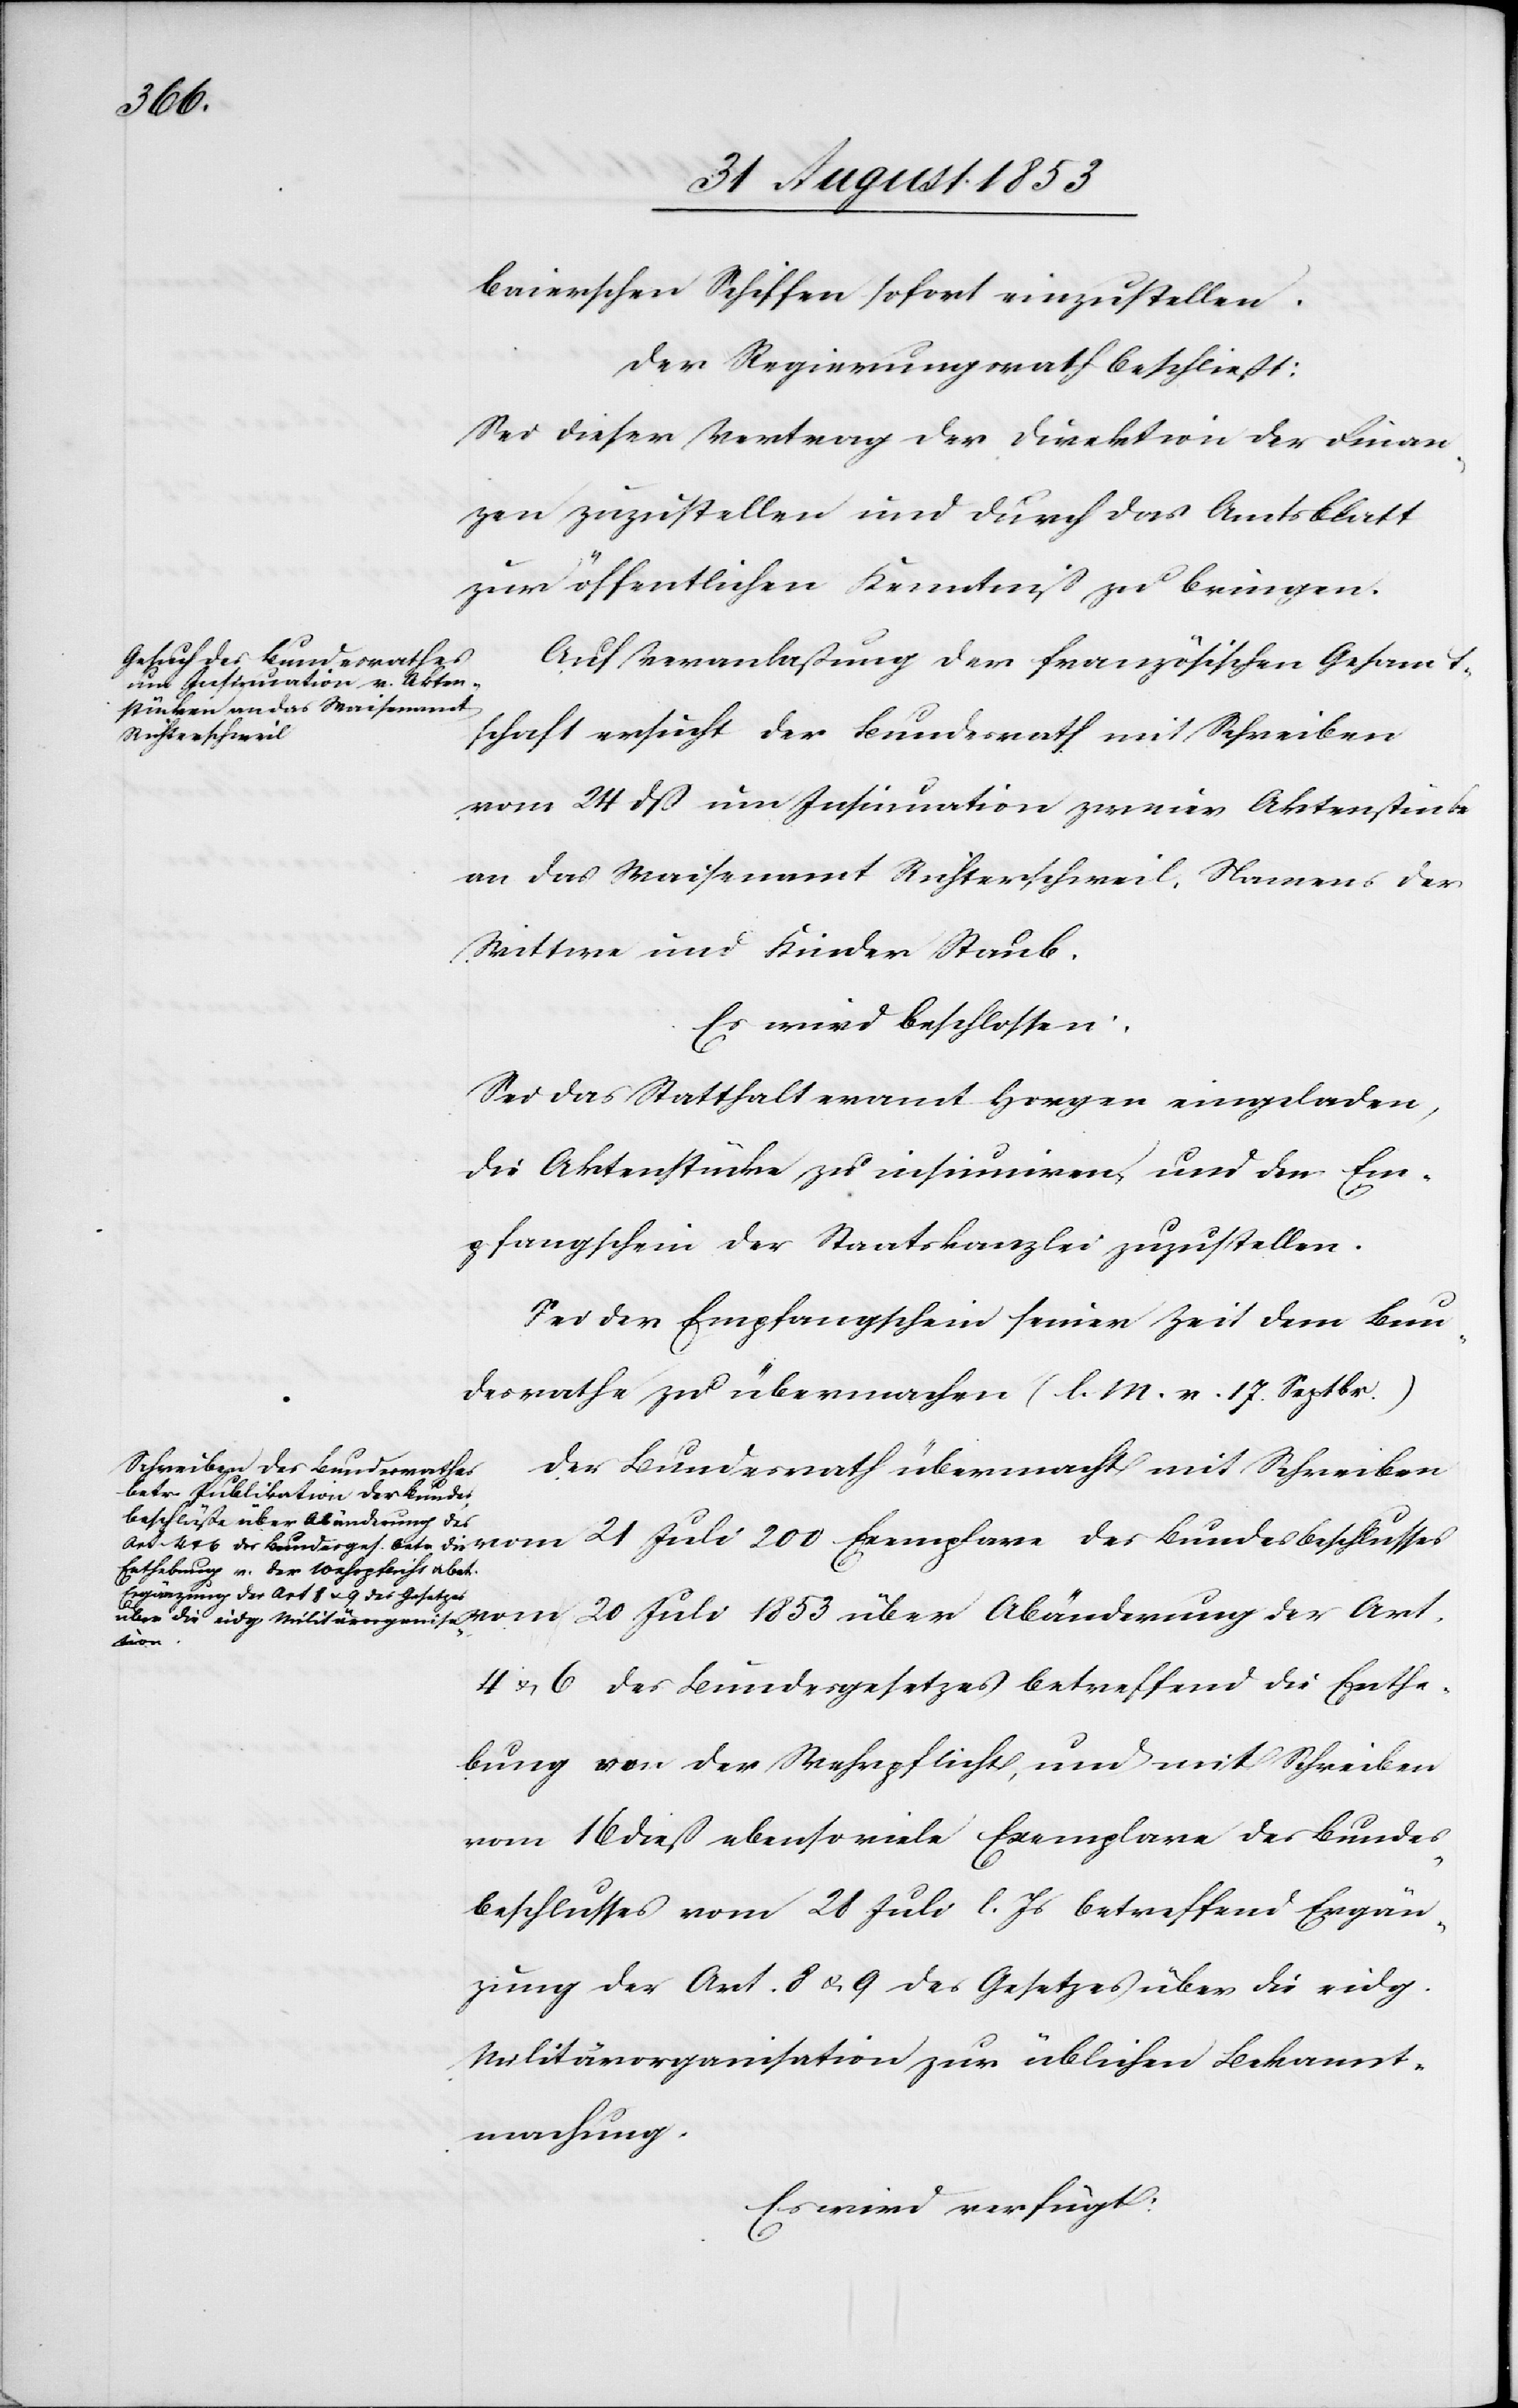
200
baierschen Schiffen sofort einzustellen.
Der Regierungsrath beschließt:
Sei dieser Vertrag der Direktion der Finan¬
zen zuzustellen und durch das Amtsblatt
zur öffentlichen Kenntniß zu bringen.
Auf Veranlaßung der französischen Gesandt¬
schaft ersucht der Bundesrath mit Schreiben
vom 24 dß um Insinuation zweier Aktenstücke
an das Waisenamt Richterschweil, Namens der
Wittwe und Kinder Staub.
Es wird beschlossen:
Sei das Statthalteramt Horgen eingeladen,
die Aktenstücke zu insinuiren, und den Em¬
pfangschein der Staatskanzlei zuzustellen.
Sei der Empfangschein seiner Zeit dem Bun¬
desrathe zu übermachen. [l. M. v. 17 Septbr.]
Der Bundesrath übermacht mit Schreiben
Exemplare des Bundesbeschlusses vom 20 Juli 1853 über Abänderung der Art.
4 u. 6 des Bundesgesetzes betreffend die Enthe¬
bung von der Wehrpflicht, und mit Schreiben
vom 16 dieß ebenso viele Exemplare des Bundes¬
beschlusses vom 21 Juli l. Js. betreffend Ergän¬
zung der Art. 8 u. 9 des Gesetzes über die eigd.
Militärorganisation zur üblichen Bekannt¬
machung.
Es wird verfügt: